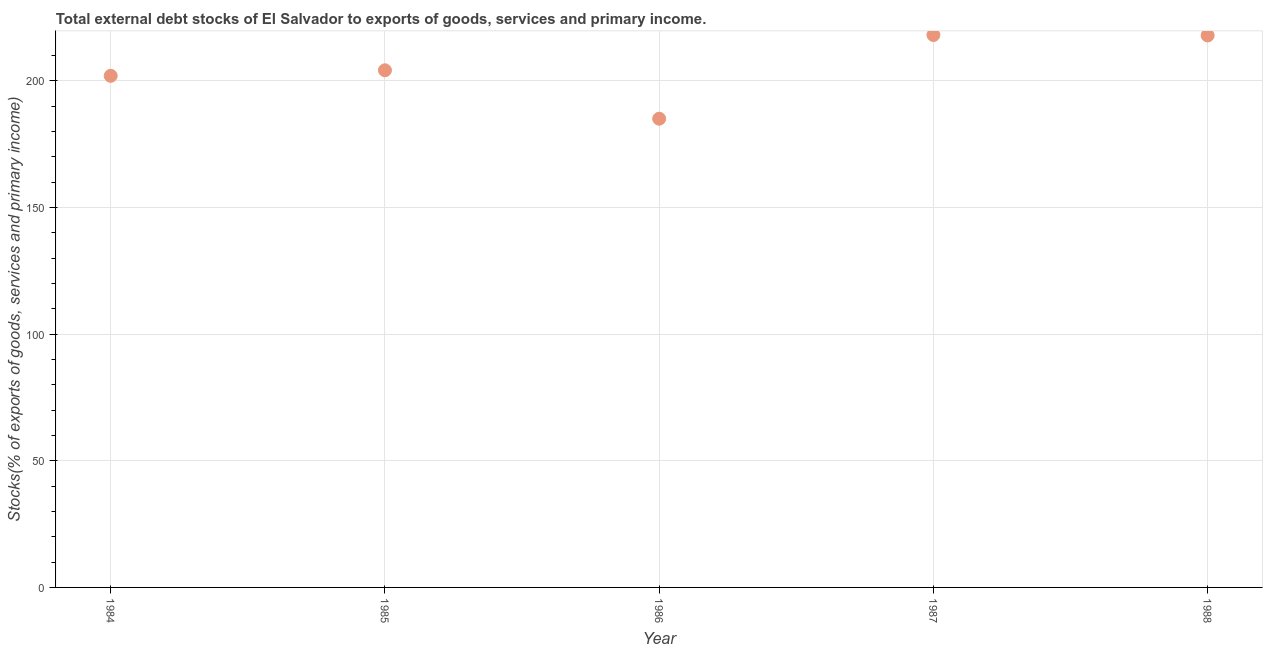
| Year | External debt stocks (% of exports of goods |
 | --- | --- |
 | 1984 | 202 |
 | 1985 | 204 |
 | 1986 | 185 |
 | 1987 | 218 |
 | 1988 | 218 |